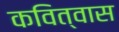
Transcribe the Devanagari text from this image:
कवित्वास